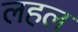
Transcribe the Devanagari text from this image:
लहल